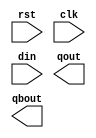
/*--  *******************************************************
--  Computer Architecture Course, Laboratory Sources 
--  Amirkabir University of Technology (Tehran Polytechnic)
--  Department of Computer Engineering (CE-AUT)
--  https://ce[dot]aut[dot]ac[dot]ir
--  *******************************************************
--  All Rights reserved (C) 2019-2020
--  *******************************************************
--  Student ID  : 
--  Student Name: 
--  Student Mail: 
--  *******************************************************
--  Additional Comments:
--
--*/

/*-----------------------------------------------------------
---  Module Name: D Flip Flop
---  Description: Lab 09 Part 1
-----------------------------------------------------------*/
`timescale 1 ns/1 ns

module dflop (
	input rst ,
	input clk ,
	input din ,
	output qout ,
	output qbout
);

	/* write your code here */
	
	/* write your code here */

endmodule